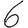
Digit: 6